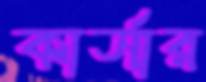
কার্সার